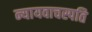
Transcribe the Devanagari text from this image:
न्यायवाचस्पति